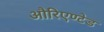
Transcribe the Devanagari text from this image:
औरिएण्टेड